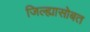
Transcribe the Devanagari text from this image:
जिल्ह्यासोबत